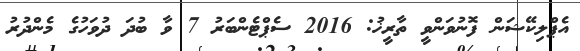
އެޕްލިކޭޝަން ފޮނުވަންވީ ތާރީޚު: 2016 ސެޕްޓެންބަރު 7 ވާ ބުދަ ދުވަހުގެ މެންދުރު